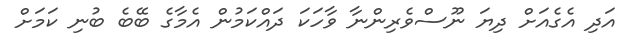
އަދި އެގެއަށް ދިޔަ ނޫސްވެރިންނާ ވާހަކަ ދައްކަމުން އެމާގެ ބޭބެ ބުނި ކަމަށް